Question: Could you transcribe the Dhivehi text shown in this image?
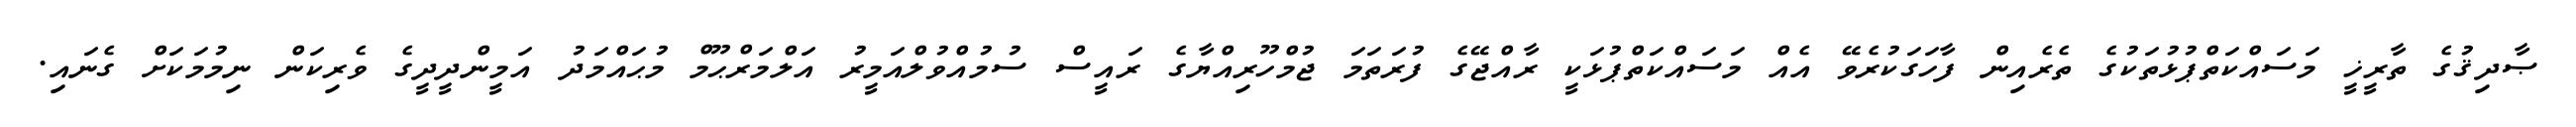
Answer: ޞާދިޤުގެ ތާރީޚީ މަސައްކަތްޕުޅުތަކުގެ ތެރެއިން ފާހަގަކުރެވޭ އެއް މަސައްކަތްޕުޅަކީ ރާއްޖޭގެ ފުރަތަމަ ޖުމްހޫރިއްޔާގެ ރައީސް ސުމުއްވުލްއަމީރު އަލްމަރްޙޫމް މުޙައްމަދު އަމީންދީދީގެ ވެރިކަން ނިމުމަކަށް ގެނައި.